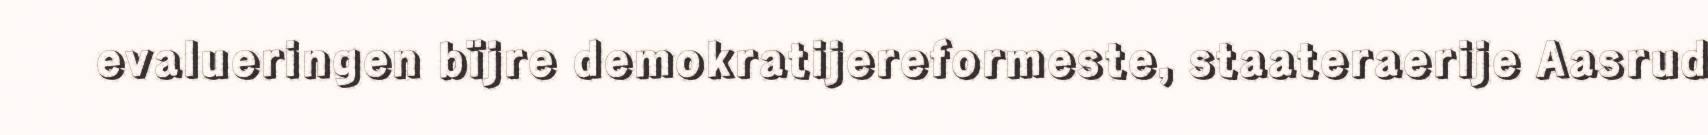
evalueringen bïjre demokratijereformeste, staateraerije Aasrud